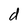
Character: d